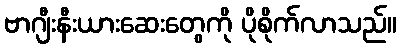
ဗာဂျီးနီးယားဆေးတွေကို ပိုစိုက်လာသည်။